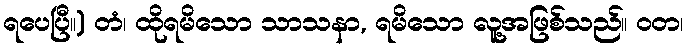
ရပေပြီ။) တံ၊ ထိုရမိသော သာသနာ, ရမိသော လူ့အဖြစ်သည်။ ဝတ၊